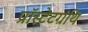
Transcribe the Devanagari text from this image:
प्रॉस्टेटग्रंथि